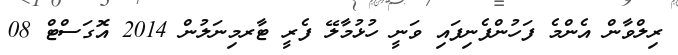
ރިލްވާން އެންމެ ފަހުންފެނިފައި ވަނީ ހުޅުމާލޭ ފެރީ ޓާރމިނަލުން 2014 އޮގަސްޓް 08